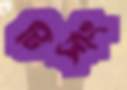
টিসাং